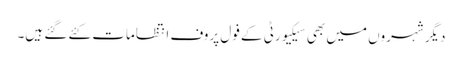
دیگر شہروں میں بھی سیکیورٹی کے فول پروف انتظامات کئے گئے ہیں۔